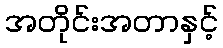
အတိုင်းအတာနှင့်